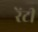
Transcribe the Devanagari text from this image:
रेंटी